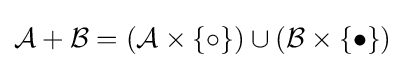
{\mathcal {A}}+{\mathcal {B}}=({\mathcal {A}}\times \{\circ \})\cup ({\mathcal {B}}\times \{\bullet \})